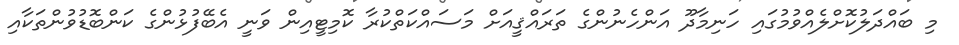
މި ބައްދަލުކޮށްލެއްވުމުގައި ހަނިމާދޫ އަންހެނުންގެ ތަރައްޤީއަށް މަސައްކަތްކުރާ ކޮމިޓީއިން ވަނީ އެބޭފުޅުންގެ ކަންބޮޑުވުންތަކާއި